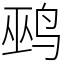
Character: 鹀